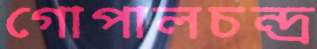
গোপালচন্দ্র